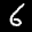
Label: 6